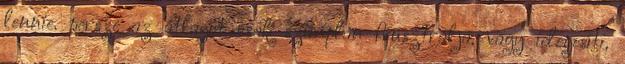
lennie. persze az átlagot csak szimplán frusztrálja, vagy idegesíti,